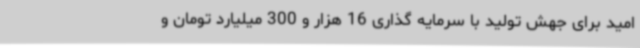
امید برای جهش تولید با سرمایه گذاری 16 هزار و 300 میلیارد تومان و